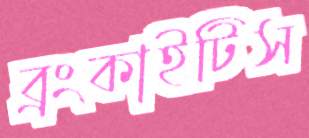
ব্রংকাইটিস